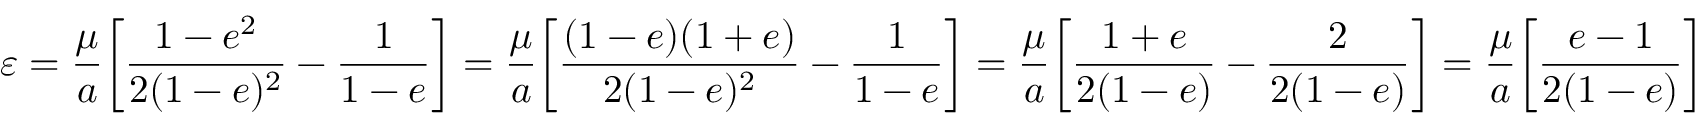
\varepsilon = { \frac { \mu } { a } } { \left[ { \frac { 1 - e ^ { 2 } } { 2 ( 1 - e ) ^ { 2 } } } - { \frac { 1 } { 1 - e } } \right] } = { \frac { \mu } { a } } { \left[ { \frac { ( 1 - e ) ( 1 + e ) } { 2 ( 1 - e ) ^ { 2 } } } - { \frac { 1 } { 1 - e } } \right] } = { \frac { \mu } { a } } { \left[ { \frac { 1 + e } { 2 ( 1 - e ) } } - { \frac { 2 } { 2 ( 1 - e ) } } \right] } = { \frac { \mu } { a } } { \left[ { \frac { e - 1 } { 2 ( 1 - e ) } } \right] }